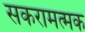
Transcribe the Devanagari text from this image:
सकरामत्मक